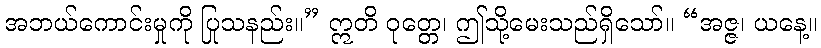
အဘယ်ကောင်းမှုကို ပြုသနည်း။” ဣတိ ဝုတ္တေ၊ ဤသို့မေးသည်ရှိသော်။ “အဇ္ဇ၊ ယနေ့။